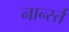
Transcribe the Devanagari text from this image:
नार्न्स्त